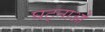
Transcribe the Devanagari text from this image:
घट्नाओं